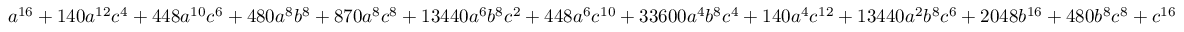
a ^ { 1 6 } + 1 4 0 a ^ { 1 2 } c ^ { 4 } + 4 4 8 a ^ { 1 0 } c ^ { 6 } + 4 8 0 a ^ { 8 } b ^ { 8 } + 8 7 0 a ^ { 8 } c ^ { 8 } + 1 3 4 4 0 a ^ { 6 } b ^ { 8 } c ^ { 2 } + 4 4 8 a ^ { 6 } c ^ { 1 0 } + 3 3 6 0 0 a ^ { 4 } b ^ { 8 } c ^ { 4 } + 1 4 0 a ^ { 4 } c ^ { 1 2 } + 1 3 4 4 0 a ^ { 2 } b ^ { 8 } c ^ { 6 } + 2 0 4 8 b ^ { 1 6 } + 4 8 0 b ^ { 8 } c ^ { 8 } + c ^ { 1 6 }